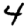
Digit: 4